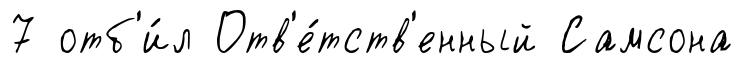
7 отб'и́л Отв'е́тств'енный Самсона